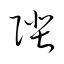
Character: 陛